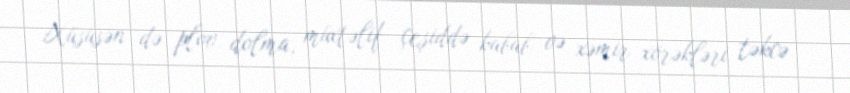
Xüsusən də plov, dolma, müxtəlif çeşiddə kabab və xəmir xörəkləri təkcə